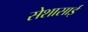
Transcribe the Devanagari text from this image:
सेशासाई